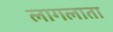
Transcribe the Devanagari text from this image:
लागलाता